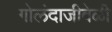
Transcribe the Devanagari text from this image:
गोलंदाजीवेळी